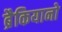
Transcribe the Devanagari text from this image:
ब्रैकियानो